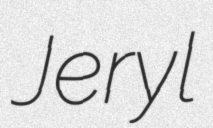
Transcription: Jeryl